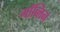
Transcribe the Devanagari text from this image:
गॉब्लिन